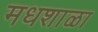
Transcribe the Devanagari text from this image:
मधशाळा